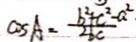
\cos A = \frac { b ^ { 2 } + c ^ { 2 } - a ^ { 2 } \cdot } { 2 b c }